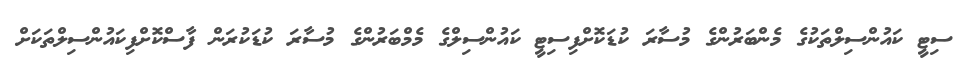
ސިޓީ ކައުންސިލްތަކުގެ މެންބަރުންގެ މުސާރަ ކުޑަކޮށްފިސިޓީ ކައުންސިލްގެ މެމްބަރުންގެ މުސާރަ ކުޑަކުރަން ފާސްކޮށްފިކައުންސިލްތަކަށް